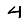
Digit: 4